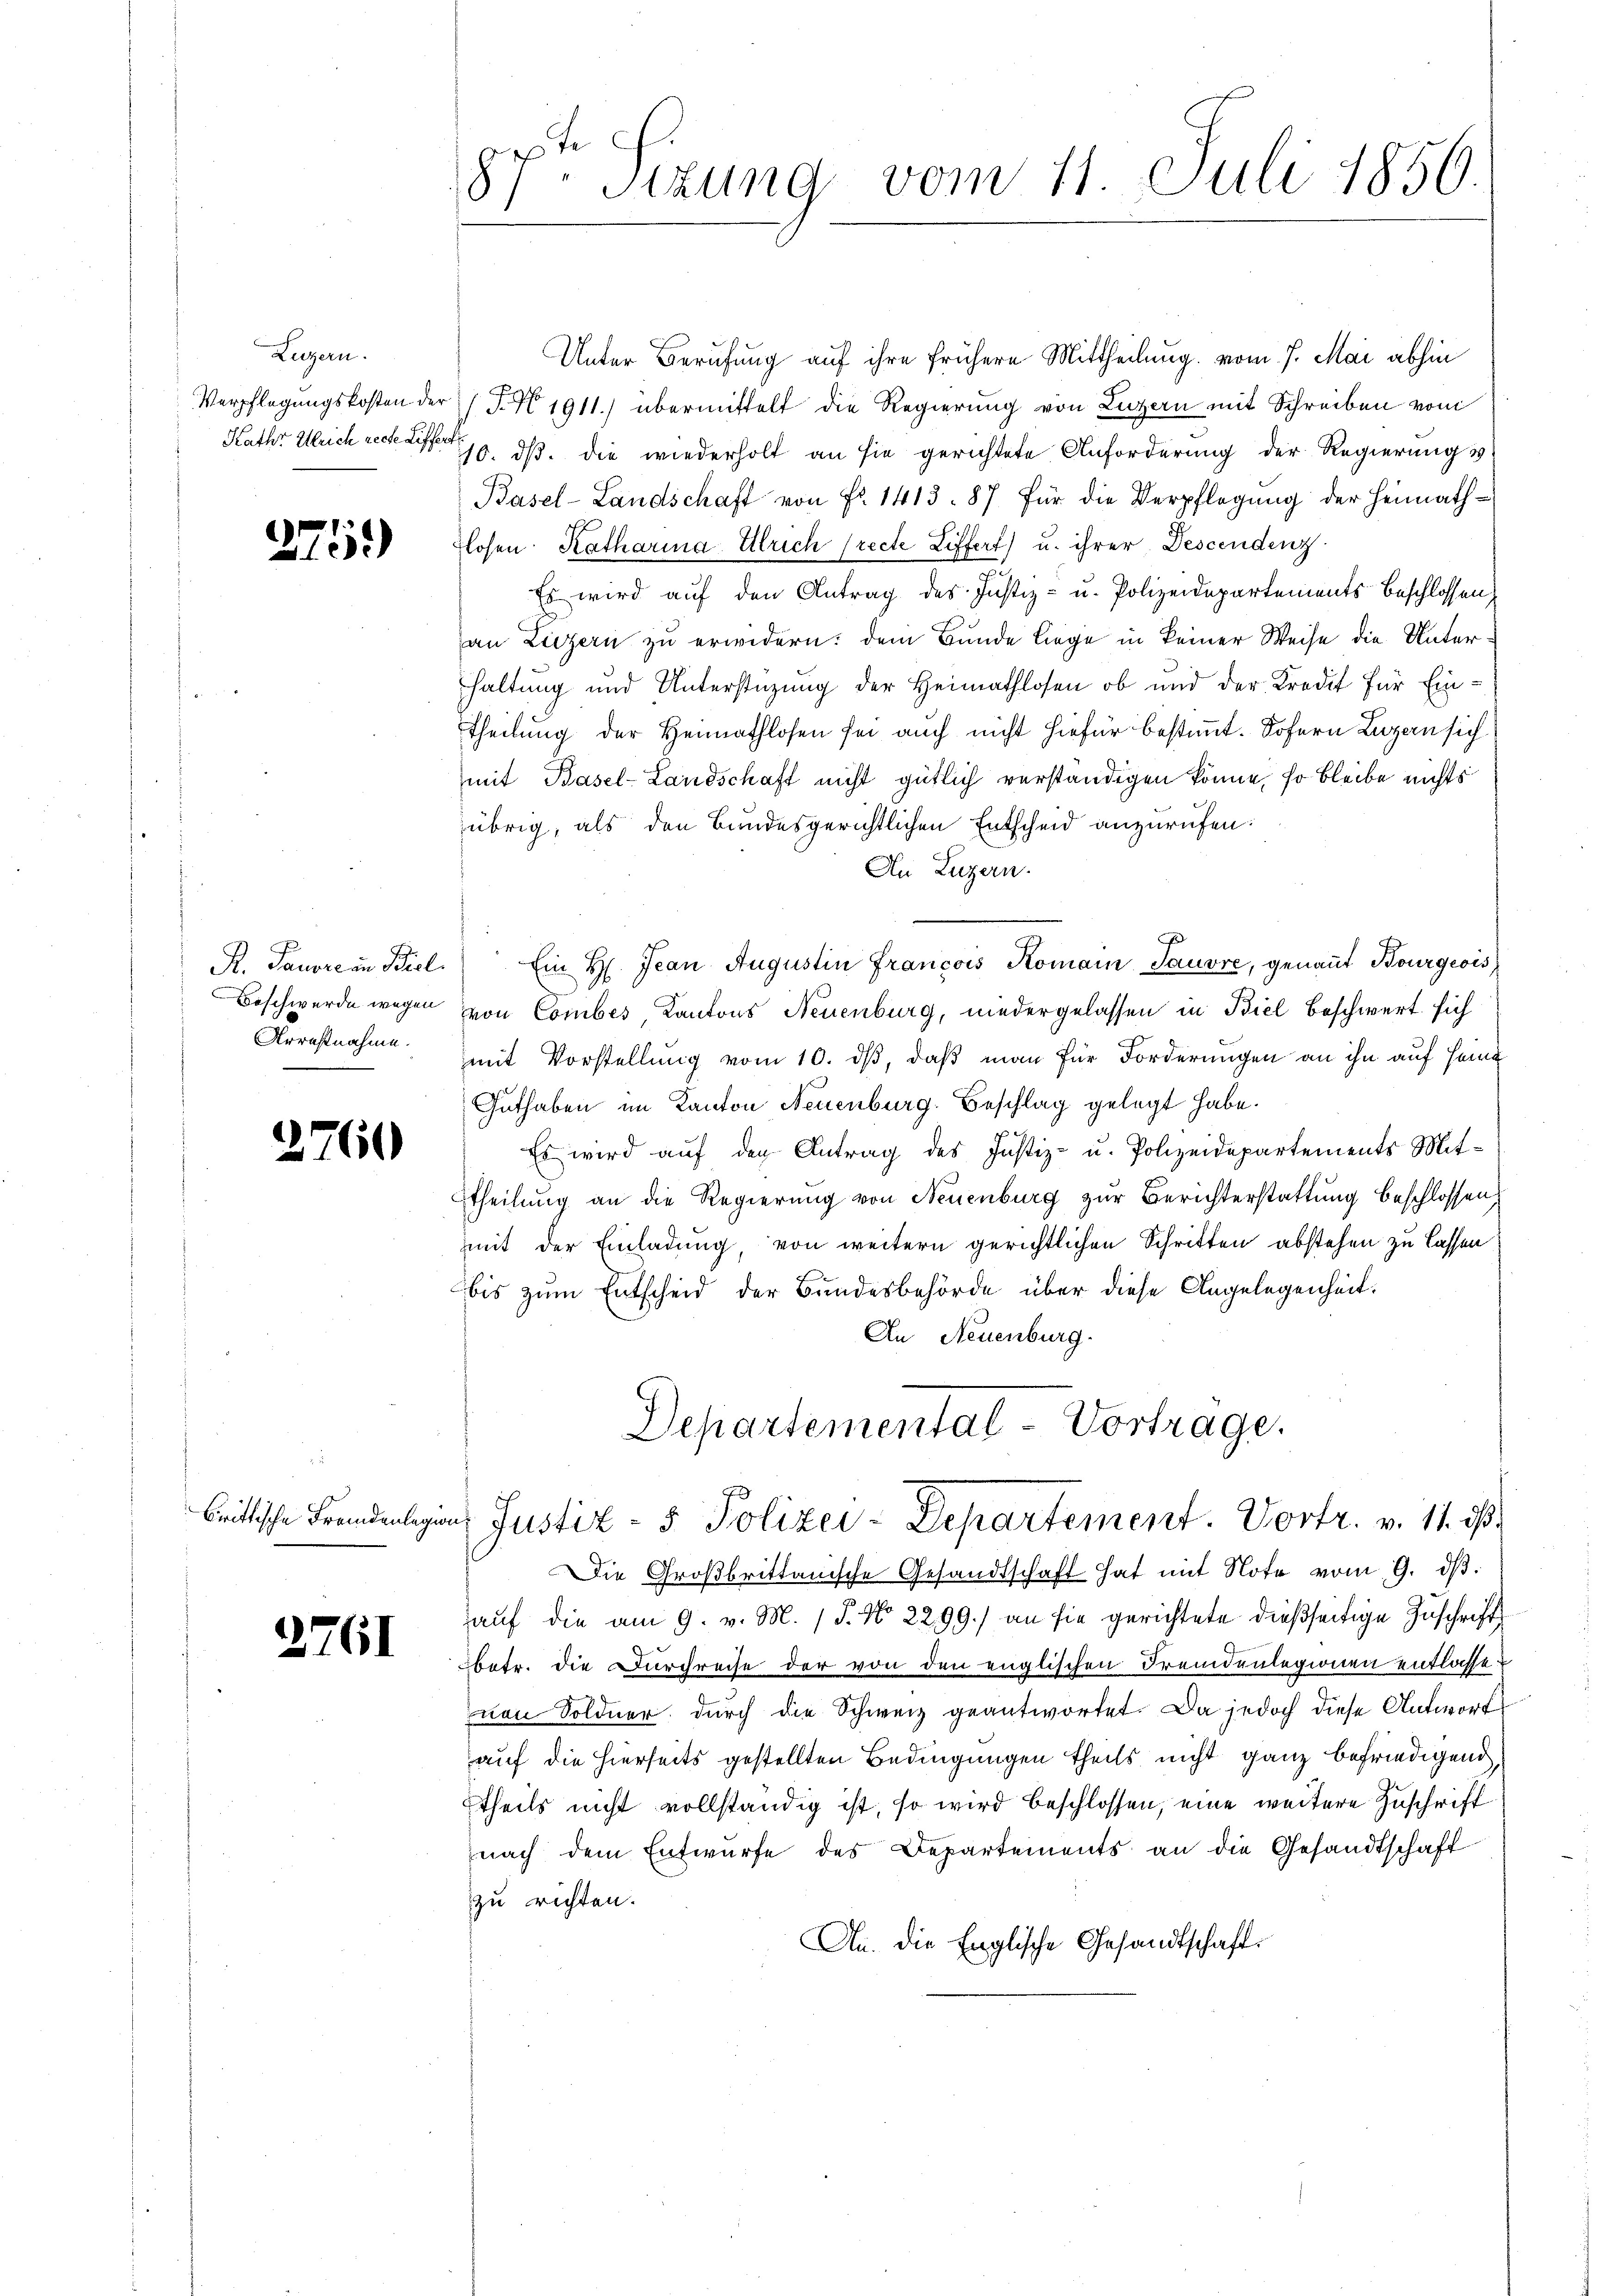
Luzern.

275)

Arrahtnahme.

2760

Brittische Fremdenlegu

2761

87ten Sizung vom 11. Juli 1850.

Unter Berufung auf ihre frühere Mittheilung vom 7. Mai abhin
Verpflegungskosten der P. N 1911.) übermittelt die Regierung von Luzern mit Schreiben vom
Kathr Ulrich rech S. 18. ds. die wiederholt an sie gerichtete Anforderung der Regierung v
Basel-Landschaft von Fr. 1413. 87 für die Verpflegung der Heimathglosen Katharina Ulrich (recte Liffert) u. ihrer Descendenz
Es wird aŭf den Antrag des Justiz- u. Polizeidepartements beschlossen
an Luzern zu erwidern: dem Bunde Liege in keiner Weise die Unterhaltung und Unterstüzung der Heimathlosen ob und der Kredit für Ein¬
Theilung der Heimathlosen sei auch nicht hiefür bestimmt. Sofern Lugan sich
mit Basel-Landschaft nicht gütlich verständigen könne, so bleibe nichts
übrig, als den Bundesgerichtlichen Entscheid anzurufen:
An Luzern.
R. Tanore in Biel. Ein H. Jean Augustin Francois Romain Tauvre, genannt Bourgeois
Beschwerde wegen von Comber, Kantons Neuenburg, niedergelassen in Biel beschwert sich
mit Vorstellung vom 10. ds, daß man für Forderungen an ihn auf Hein
Guthaben im Kanton Neuenburg. Beschlag gelegt habe.

Es wird auf den Antrag des Justiz- u. Polizeidepartements Mittheilung an die Regierung von Neuenburg zur Berichterstattung beschlossen,
mmit der Einladung, von weitern gerichtlichen Schritten abstehen zu lassen
bis zum Entscheid der Bundesbehörde über diese Angelegenheit:
An Neuenburg.
Departemental-Vortrage.

au Justiz- & Polizei-Departement. Vortr. v. 11. ds.

Die Großbrittanische Gesandtschaft hat mit Note vom 9. dβ.
aŭf die am 9. v. M. / 5. No. 2299) an sie gerichtete dießseitige Zuschrift
betr. die Durchreise der von den englischen Fremdenlegionen entlassevon Soldner durch die Schweiz geantwortet. Da jedoch diese Antwort
auf die hierseits gestellten Bedingungen theils nicht ganz befriedigend,
theils nicht vollständig ist, so wird beschlossen, eine weitere Zuschrift
nach dem Entwurfe des Departements an die Gesandtschaft
zu richten.
An. Die Englische Gesandtschaft.